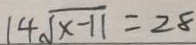
1 4 \sqrt { x - 1 1 } = 2 8